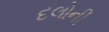
દલોની